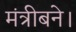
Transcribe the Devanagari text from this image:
मंत्रीबने।